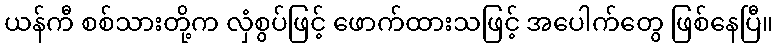
ယန်ကီ စစ်သားတို့က လှံစွပ်ဖြင့် ဖောက်ထားသဖြင့် အပေါက်တွေ ဖြစ်နေပြီ။